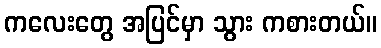
ကလေးတွေ အပြင်မှာ သွား ကစားတယ်။